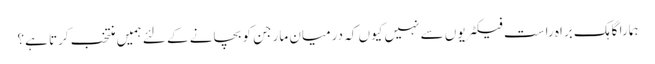
ہمارا گاہک براہ راست فیکٹریوں سے نہیں کیوں کہ درمیان مارجن کو بچانے کے لئے ہمیں منتخب کرتا ہے؟